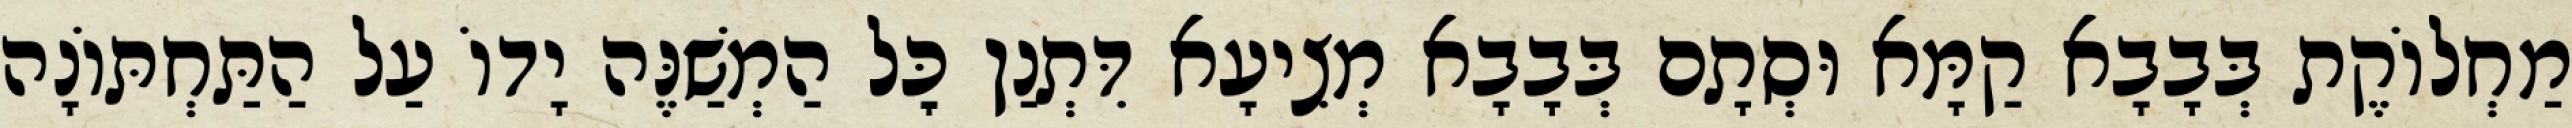
מַחְלוֹקֶת בְּבָבָא קַמָּא וּסְתָם בְּבָבָא מְצִיעָא דִּתְנַן כׇּל הַמְשַׁנֶּה יָדוֹ עַל הַתַּחְתּוֹנָה